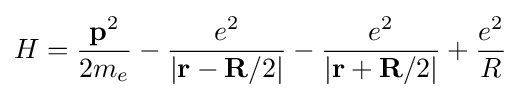
H={\frac {{\mathbf {p} }^{2}}{2{{m}_{e}}}}-{\frac {{e}^{2}}{\left|\mathbf {r} -\mathbf {R} /2\right|}}-{\frac {{e}^{2}}{\left|\mathbf {r} +\mathbf {R} /2\right|}}+{\frac {{e}^{2}}{R}}